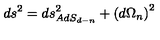
d s ^ { 2 } = d s _ { A d S _ { d - n } } ^ { 2 } + \left( d \Omega _ { n } \right) ^ { 2 }